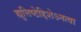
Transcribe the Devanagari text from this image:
ह्युत्तिष्ठेद्दिशेऽनत्वा